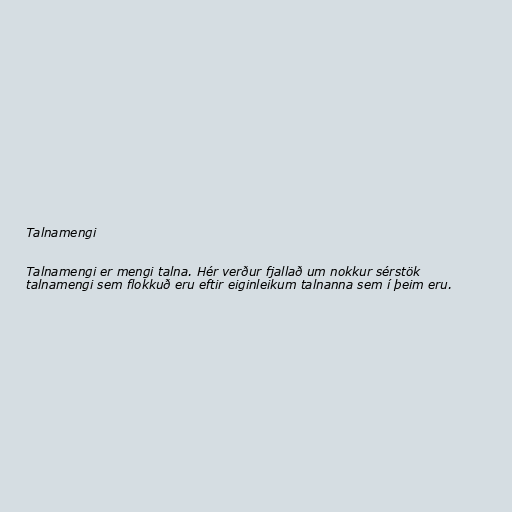
Talnamengi

Talnamengi er mengi talna. Hér verður fjallað um nokkur sérstök
talnamengi sem flokkuð eru eftir eiginleikum talnanna sem í þeim eru.